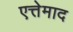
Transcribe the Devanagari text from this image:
एत्तेमाद